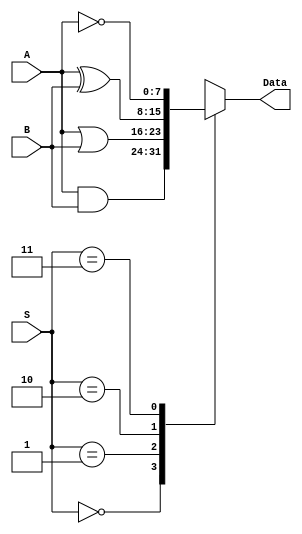
module Logic_unit (
    input [7:0] A, B,
    input [1:0] S,
    output reg [7:0] Data
);
    //MUX for selecting logic operation
    always@(*) begin
        case(S)
            0: Data = A&B; //AND
            1: Data = A|B; //OR
            2: Data = A^B; //XOR
            3: Data = ~A;  //Not
        endcase         
    end
endmodule